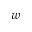
w